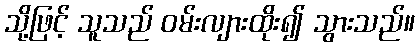
သို့ဖြင့် သူသည် ဝမ်းလျားထိုး၍ သွားသည်။